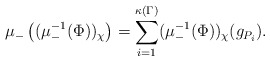
\begin{align*}\mu_{-}\left((\mu_{-}^{-1}(\Phi))_\chi\right)=\sum_{i=1}^{\kappa(\Gamma)}(\mu_{-}^{-1}(\Phi))_\chi(g_{P_i}).\end{align*}